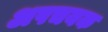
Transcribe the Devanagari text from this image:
अपचयक